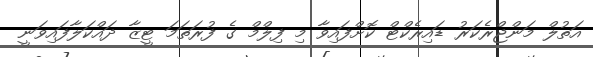
އަތުލް މަންޖްރެކަރު ޑައިރެކްޓް ކޮށްފައިވާ މި ފިލްމް ގެ ފުރަތަމަ ޓީޒާ ދައްކަލާފައިވަނީ